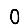
Digit: 0